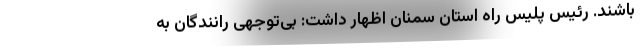
باشند. رئیس پلیس راه استان سمنان اظهار داشت: بی‌توجهی رانندگان به